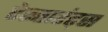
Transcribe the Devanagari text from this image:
रेस्तारंट्स